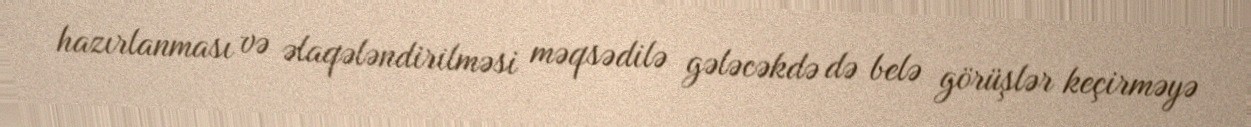
hazırlanması və əlaqələndirilməsi məqsədilə gələcəkdə də belə görüşlər keçirməyə